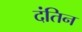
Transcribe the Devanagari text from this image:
दंतिन